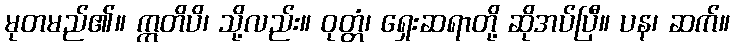
မုတမည်၏။ ဣတိပိ၊ သို့လည်း။ ဝုတ္တံ၊ ရှေးဆရာတို့ ဆိုအပ်ပြီ။ ပန၊ ဆက်။